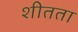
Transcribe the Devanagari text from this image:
शीतता